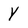
Character: Y